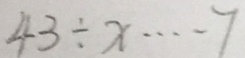
4 3 \div x \cdots 7